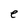
Character: e